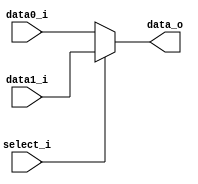
/***************************************************
Student Name: 
Student ID: 
***************************************************/

`timescale 1ns/1ps

module MUX_2to1(
	input   	[32-1:0] data0_i,       
	input   	[32-1:0] data1_i,
	input       	     select_i,
	output wire [32-1:0] data_o
               );			   

assign data_o = (select_i) ? data1_i : data0_i;

endmodule